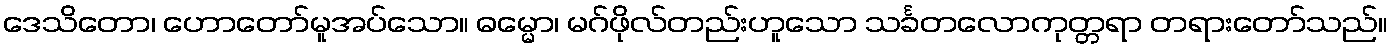
ဒေသိတော၊ ဟောတော်မူအပ်သော။ ဓမ္မော၊ မဂ်ဖိုလ်တည်းဟူသော သင်္ခတလောကုတ္တရာ တရားတော်သည်။